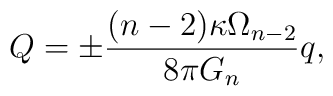
Q=\pm \frac{(n-2)\kappa \Omega_{n-2}}{8\pi G_n} q,